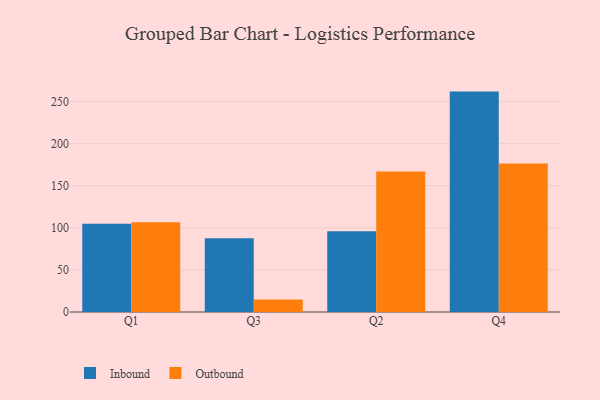
{"axis": {"x": "Quarter", "y": "Gross Profit (USD K)"}, "legend": ["Inbound", "Outbound"], "data": [{"x": "Q1", "y": 104.8, "type": "Inbound"}, {"x": "Q1", "y": 106.7, "type": "Outbound"}, {"x": "Q3", "y": 87.5, "type": "Inbound"}, {"x": "Q3", "y": 14.7, "type": "Outbound"}, {"x": "Q2", "y": 95.9, "type": "Inbound"}, {"x": "Q2", "y": 166.9, "type": "Outbound"}, {"x": "Q4", "y": 261.7, "type": "Inbound"}, {"x": "Q4", "y": 176.3, "type": "Outbound"}]}